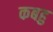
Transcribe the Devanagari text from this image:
कबहु